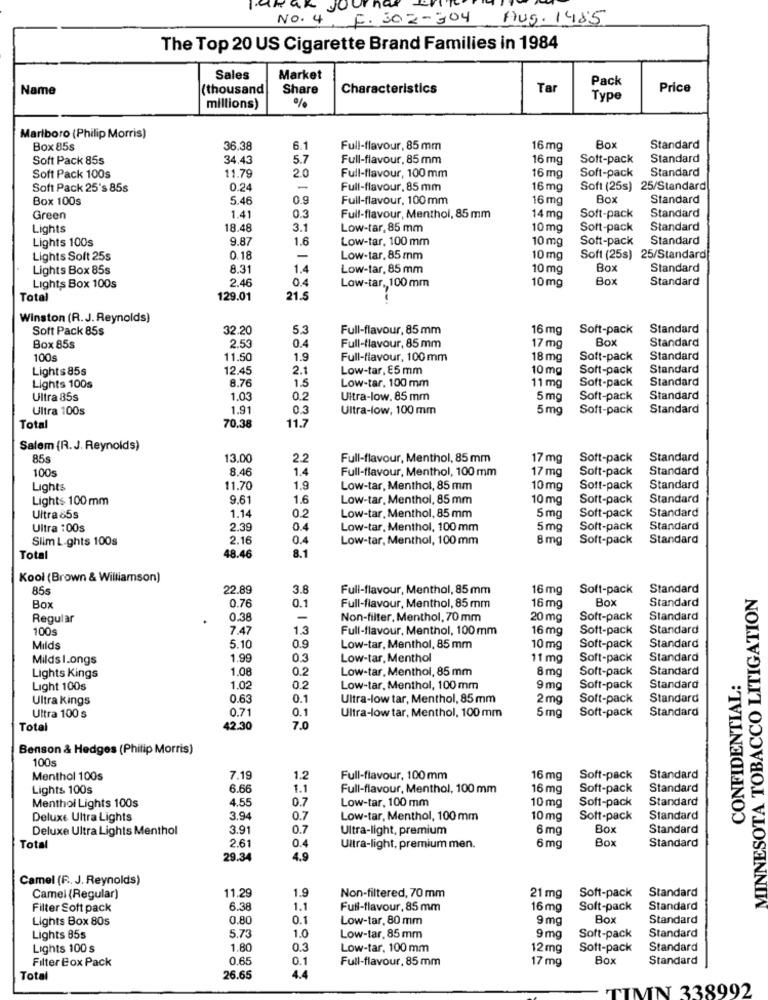
10
No. 4, F. 302-304 Aug. 1985
The Top 20 US Cigarette Brand Families in 1984
Sales
Market
Pack
Name
(thousand
Share
Characteristics
Tar
Price
%
Type
millions)
Marlboro (Philip Morris)
Box 85s
36.38
6.1
Full-flavour, 85 mm
16 mg
Box
Standard
Soft Pack 85s
34.43
5.7
Full-flavour, 85 mm
16 mg
Soft-pack
Standard
2.0
Soft-pack Standard
Soft Pack 100s
11.79
Full-flavour, 100 mm
16 mg
Soft Pack 25's 85s
0.24
-
Full-flavour, 85 mm
16 mg
Soft (25s) 25/Standard
Box 100s
5.46
0.9
Full-flavour, 100mm
16 mg
Box
Standard
Green
1.41
0.3
Full-flavour, Menthol, 85 mm
14 mg
Soft-pack
Standard
Lights
18.48
3.1
Low-tar, 85 mm
10 mg
Soft-pack
Standard
Lights 100s
9.87
1.6
Low-tar, 100 mm
10 mg
Soft-pack
Standard
Lights Soft 25s
0.18
-
Low-tar, 85 mm
10 mg
Soft (25s) 25/Standard
Lights Box 85s
8.31
1.4
Low-tar, 85 mm
10 mg
Box
Standard
2.46
0.4
10 mg
Box
Standard
Lights Box 100s
Low-tar. 100 mm
Total
129.01
21.5
Winston (R. J. Reynolds)
Soft Pack 85s
32.20
5.3
Full-flavour, 85 mm
16 mg
Soft-pack
Standard
17 mc
Box
Standard
Box 85s
2.53
0.4
Full-flavour, 85 mm
100s
11.50
1.9
Full-flavour, 100 mm
18 mg
Soft-pack
Standard
Lights85s
12.45
2.1
Low-tar, E5 mm
10 mg
Soft-pack
Standard
8.7
1.5
Soft-pack
Standard
Lights 100s
Low-tar, 100 mm
11 mg
Ultra 85s
1.03
0.2
Ultra-low. 85 mm
5mg
Soft-pack
Standard
Ultra 100s
1.91
03
Ultra-low, 100 mm
5 mg
Soft-pack
Standard
Total
70.38
11.7
Salem (R.J. Reynolds)
85s
13.00
2.2
Full-flavour, Menthol, 85 mm
17 mg
Soft-pack
Standard
100s
8.46
1.4
Full-flavour, Menthol, 100 mm
17 mg
Soft-pack
Standard
Lights
11.70
1.9
Low-tar, Menthol, 85 mm
10 mg
Soft-pack
Standard
Lights 100mm
9.61
1.6
Low-tar, Menthol, 85 mm
10 mg
Soft-pack
Standard
1.14
Standard
Ultra 85s
0.2
Low-tar, Menthol, 85 mm
5 mg
Soft-pack
Ultra 100s
2.39
0.4
Low-tar, Menthol, 100 mm
5 mg
Soft-pack
Standard
Siim L.ghts 100s
2.16
0.4
Low-tar, Menthol, 100 mm
8 mg
Soft-pack
Standard
8.1
Total
48.46
Kool (Brown & Williamson)
855
22.89
3.8
Full-flavour, Menthol, 85 mm
16 mg
Soft-pack
Standard
MINNESOTA TOBACCO LITIGATION
0.1
Box
Standard
Box
0.76
Full-flavour, Menthol, 85 mm
16 mg
Regular
0.38
-
Non-filter, Menthol, 70 mm
20 mg
Soft-pack
Standard
100s
7.47
1.3
Full-flavour, Menthol, 100 mm
16 mg
Soft-pack
Standard
Milds
5.10
0.9
Low-tar, Menthol, 85 mm
10 mg
Soft-pack
Standard
Milds 1.ongs
1.99
0.3
Low-tar, Menthol
11 mg
Soft-pack
Standard
1.0
0.2
Low-tar, Menthol, 85 mm
8 mg
Soft-pack
Standard
CONFIDENTIAL:
Lights Kings
Light 100s
1.02
0.2
Low-tar, Menthol, 100 mm
9 mg
Soft-pack
Standard
Ultra Kings
0.63
0.1
Ultra-low tar, Menthol, 85 mm
2 mg
Soft-pack
Standard
0.71
0.1
5 mg
Soft-pack
Standard
Ultra 100 s
Ultra-low tar, Menthol, 100 mm
Total
42.30
7.0
Benson & Hedges (Philip Morris)
100s
Menthol 100s
7.19
1.2
Full-flavour, 100 mm
16 mg
Soft-pack
Standard
Lights 100s
6.66
1.1
Full-flavour, Menthol, 100 mm
16 mg
Soft-pack
Standard
4.55
0.7
Low-tar, 100 mm
Soft-pack
Standard
Menthol Lights 100s
10 mg
Deluxe Ultra Lights
3.94
0.7
Low-tar, Menthol, 100 mm
10 mg
Soft-pack
Standard
Deluxe Ultra Lights Menthol
3.91
0.7
Ultra-light, premium
6 mg
Bo
Standard
2.61
0.4
Box
Standard
Total
Ultra-light, premium men.
6 mg
29.34
4.9
Camel (R. J. Reynolds)
Soft-pack
Standard
Camel (Regular)
11.29
1.9
Non-filtered, 70 mm
21 mg
Filter Soft pack
6.38
1.1
Full-flavour, 85 mm
16 mg
Soft-pack
Standard
Lights Box 80s
0.80
0.1
Low-tar. 80 mm
9 mg
Box
Standard
5.7.
1.0
Lights 85s
Low-tar. 85 mm
9 mg
Soft-pack
Standard
Lights 100 s
1.80
0.3
Low-tar, 100 mm
12mg
Soft-pack
Standard
Filter Box Pack
0.65
0.1
Full-flavour, 85 mm
17 mg
Box
Standard
Total
26.65
4.4
TIMN 338992